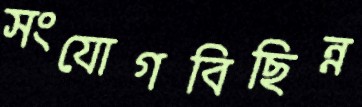
সংযোগবিছিন্ন